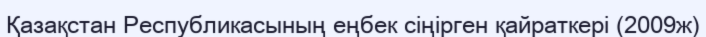
Қазақстан Республикасының еңбек сіңірген қайраткері (2009ж)